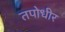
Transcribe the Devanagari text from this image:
तपोधीर